Civil Veterinary Department. Madras. Admin. report 1926-33 - 1926-1933
Year: 1926
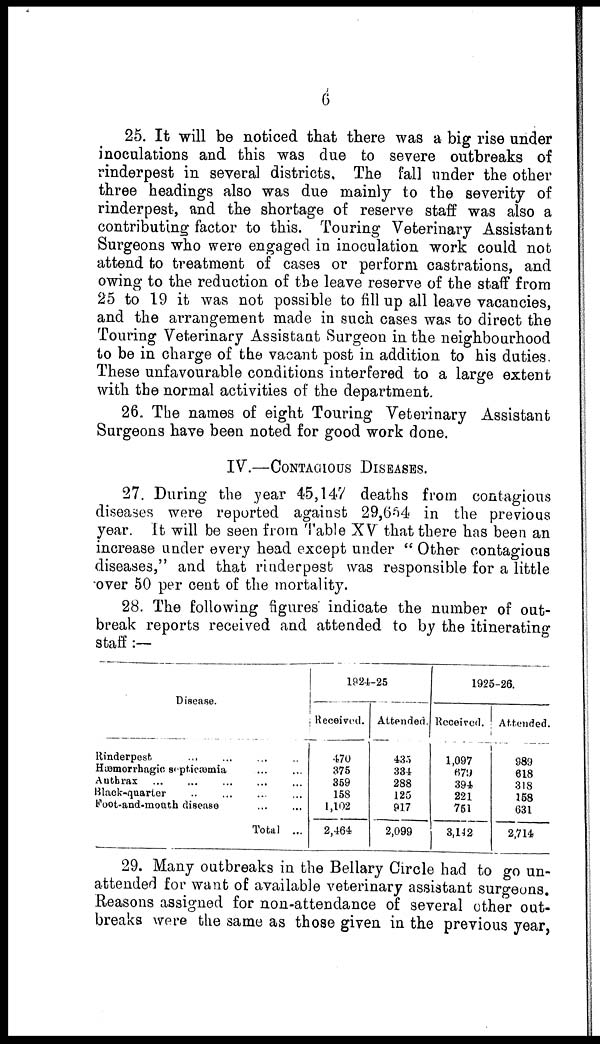
6
25. It will be noticed that there was a big rise under
inoculations and this was due to severe outbreaks of
rinderpest in several districts. The fall under the other
three headings also was due mainly to the severity of
rinderpest, and the shortage of reserve staff was also a
contributing factor to this. Touring Veterinary Assistant
Surgeons who were engaged in inoculation work could not
attend to treatment of cases or perform castrations, and
owing to the reduction of the leave reserve of the staff from
25 to 19 it was not possible to fill up all leave vacancies,
and the arrangement made in such cases was to direct the
Touring Veterinary Assistant Surgeon in the neighbourhood
to be in charge of the vacant post in addition to his duties.
These unfavourable conditions interfered to a large extent
with the normal activities of the department.
26. The names of eight Touring Veterinary Assistant
Surgeons have been noted for good work done.
IV.—CONTAGIOUS DISEASES.
27. During the year 45,147 deaths from contagious
diseases were reported against 29,654 in the previous
year. It will be seen from Table XV that there has been an
increase under every head except under " Other contagious
diseases," and that rinderpest was responsible for a little
over 50 per cent of the mortality.
28. The following figures' indicate the number of out-
break reports received and attended to by the itinerating
staff:—
Disease.
Rinderpest
... ... ... ...
Hæmorrhagic septicaamia ... ...
Authrax ... ... ... ...
Black-quarter ... ... ... ...
Foot-and-mouth disease ... ...
Total ...
1924-25
Received.
470
375
359
158
1,102
2,464
Attended.
435
334
288
125
917
2,099
1925-26.
Received.
1,097
679
394
221
751
3,142
Attended.
989
618
318
158
631
2,714
29. Many outbreaks in the Bellary Circle had to go un-
attended for want of available veterinary assistant surgeons.
Reasons assigned for non-attendance of several other out-
breaks were the same as those given in the previous year,